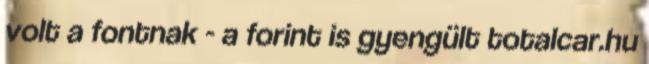
volt a fontnak - a forint is gyengült totalcar.hu